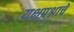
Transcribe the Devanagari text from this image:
यक्षप्रश्नाचें